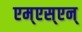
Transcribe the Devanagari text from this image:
एम्‌एस्‌एन्‌